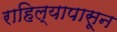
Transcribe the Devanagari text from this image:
राहिल्यापासून